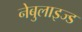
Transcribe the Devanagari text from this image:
नेबुलाइज्ड